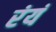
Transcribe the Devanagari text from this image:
रंयं